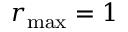
{ r } _ { \mathrm { m a x } } = 1